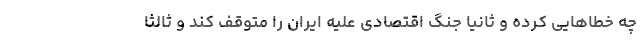
چه خطاهایی کرده و ثانیا جنگ اقتصادی علیه ایران را متوقف کند و ثالثا